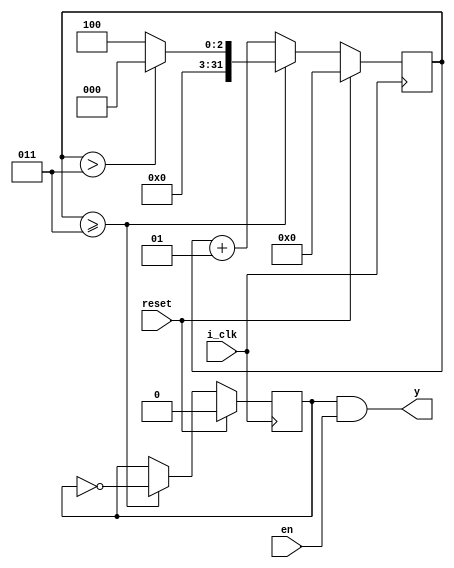
module modn_counter(
        input  i_clk,
        input en,
        input reset,
        output y);  
        
   reg y_temp= 1'b0;
   integer count=1;
   integer n=3;
   
  always @(posedge i_clk)
  begin
    if(!reset)
    begin
      if (count>=n)
       begin
        y_temp <=!y_temp;
        count  <=(count>n)?0:n+1;
       end
      else 
       count <= count+1;
     end
    else          //reset=1
      begin
       count<=0;
       y_temp <=1'b0;
      end
   end

  assign y = y_temp & en;

endmodule